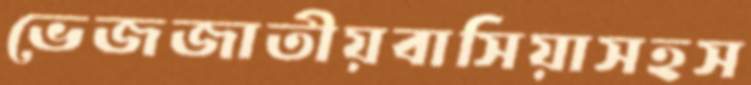
ভেজজাতীয়বাসিয়াসহস